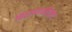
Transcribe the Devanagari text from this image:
निवडण्याकरिताचा